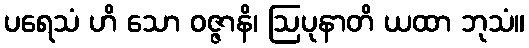
ပရေသံ ဟိ သော ဝဇ္ဇာနိ၊ ဩပုနာတိ ယထာ ဘုသံ။